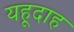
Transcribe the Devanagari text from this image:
यहूदाह